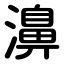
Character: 濞